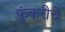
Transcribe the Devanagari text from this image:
फुंकरीचे